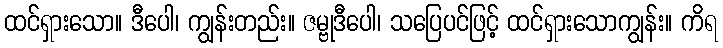
ထင်ရှားသော။ ဒီပေါ၊ ကျွန်းတည်း။ ဇမ္ဗုဒီပေါ၊ သပြေပင်ဖြင့် ထင်ရှားသောကျွန်း။ ကိရ